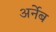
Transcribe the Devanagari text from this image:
अर्नेब